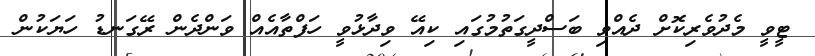
ޓީވީ މެދުވެރިކޮށް ދެއްވި ބަސްދީގަތުމުގައި ކިއޭ ވިދާޅުވީ ހަފްތާއެއް ވަންދެން ރޭގަނޑު ހަޔަކުން